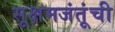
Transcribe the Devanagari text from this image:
सूक्षमजंतूंची